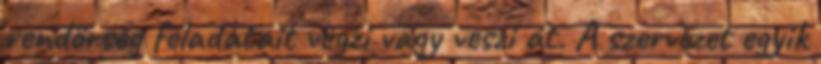
rendőrség feladatait végzi vagy veszi át. A szervezet egyik